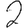
Digit: 2